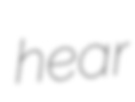
hear